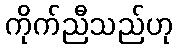
ကိုက်ညီသည်ဟု